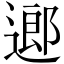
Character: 𨖅